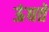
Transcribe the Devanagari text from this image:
ऊंघते